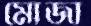
মোজা